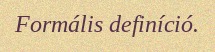
Formális definíció.